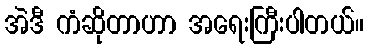
အဲဒီ ကံဆိုတာဟာ အရေးကြီးပါတယ်။